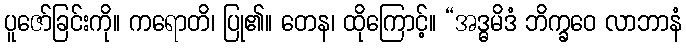
ပူဇော်ခြင်းကို။ ကရောတိ၊ ပြု၏။ တေန၊ ထိုကြောင့်။ “အဒ္ဓမိဒံ ဘိက္ခဝေ လာဘာနံ